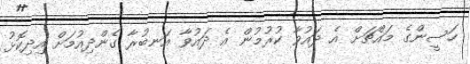
ހަސީންގެ މައްޗަށް އެ ދައުވާ ކުރުމުން އެ ދައުވާ އަނބުރާ ގެންދިއުމަށް އިދިކޮޅު